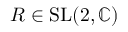
R \in \mathrm { S L } ( 2 , \mathbb { C } )